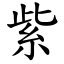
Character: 紫